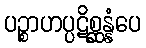
ပဉ္စာဟပ္ပဋိစ္ဆန္နံပေ